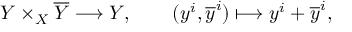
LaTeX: Y \times _ { X } { \overline { { Y } } } \longrightarrow Y , \qquad ( y ^ { i } , { \overline { { y } } } ^ { i } ) \longmapsto y ^ { i } + { \overline { { y } } } ^ { i } ,